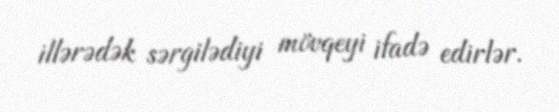
illərədək sərgilədiyi mövqeyi ifadə edirlər.